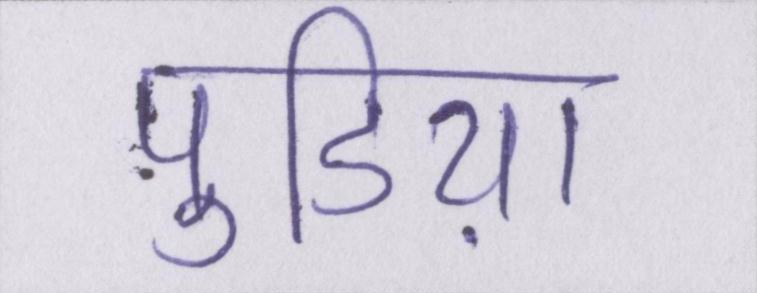
पुडिय़ा